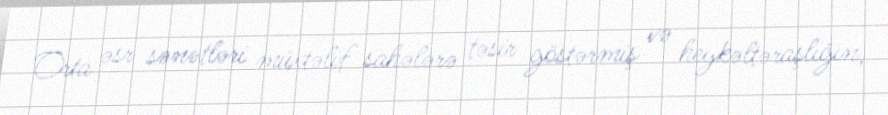
Orta əsr sənətləri müxtəlif sahələrə təsir göstərmiş və heykəltəraşlığın,